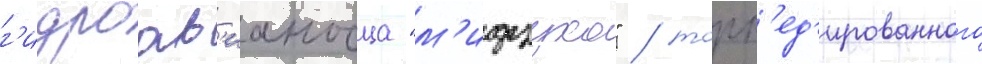
г'идроав'ианосца "м'идзухо" / торп'ед'ированного